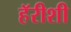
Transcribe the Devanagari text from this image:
हॅरीशी